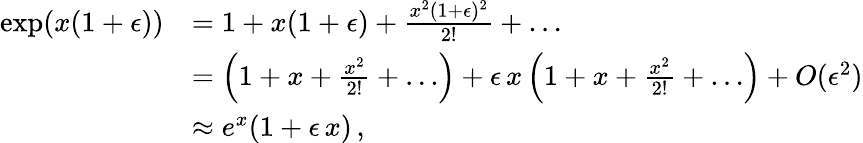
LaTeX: \begin{array}{rl}{\exp(x(1+\epsilon))}&{=1+x(1+\epsilon)+\frac{x^{2}(1+\epsilon)^{2}}{2!}+\dots}\\ &{=\left(1+x+\frac{x^{2}}{2!}+\ldots\right)+\epsilon\, x\left(1+x+\frac{x^{2}}{2!}+\ldots\right)+O(\epsilon^{2})}\\ &{\approx e^{x}(1+\epsilon\, x)\, ,}\end{array}